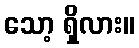
သော့ ရှိလား။